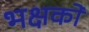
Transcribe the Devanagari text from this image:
भक्षकों